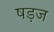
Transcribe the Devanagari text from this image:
षड़ज